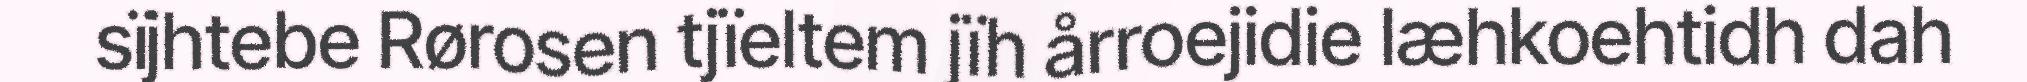
sïjhtebe Rørosen tjïeltem jïh årroejidie læhkoehtidh dah